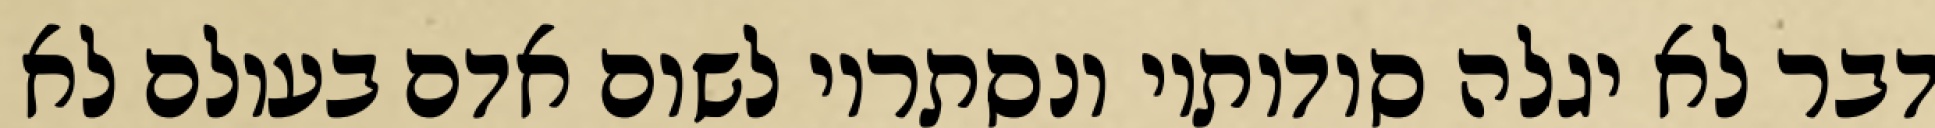
דבר לא יגלה סודותיו ונסתריו לשום אדם בעולם לא